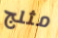
مثلج